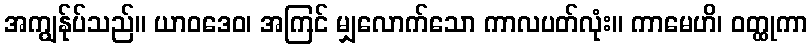
အကျွန်ုပ်သည်။ ယာဝဒေဝ၊ အကြင် မျှလောက်သော ကာလပတ်လုံး။ ကာမေဟိ၊ ဝတ္ထုကာ